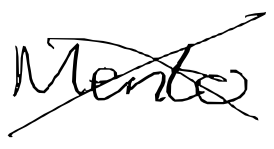
Text: Mento
Cross-out: cross
Writing tool: digital_black